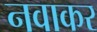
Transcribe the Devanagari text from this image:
नवाकर